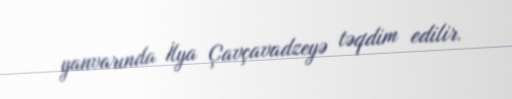
yanvarında İlya Çavçavadzeyə təqdim edilir.